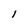
Character: l